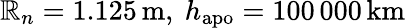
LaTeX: \mathbb{R}_{n}=1.125\, \mathrm{{m}},\ h_{\mathrm{{apo}}}=100\, 000\, \mathrm{{km}}